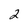
Character: 2